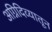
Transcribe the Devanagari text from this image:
अग्निदिव्यातून